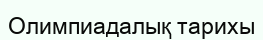
Олимпиадалық тарихы